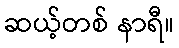
ဆယ့်တစ် နာရီ။